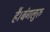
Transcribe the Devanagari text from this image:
है।बंगलुरु